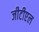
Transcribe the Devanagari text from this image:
जीटीएल